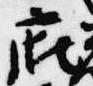
廂